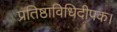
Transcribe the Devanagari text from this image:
प्रतिष्ठाविधिदीपक।